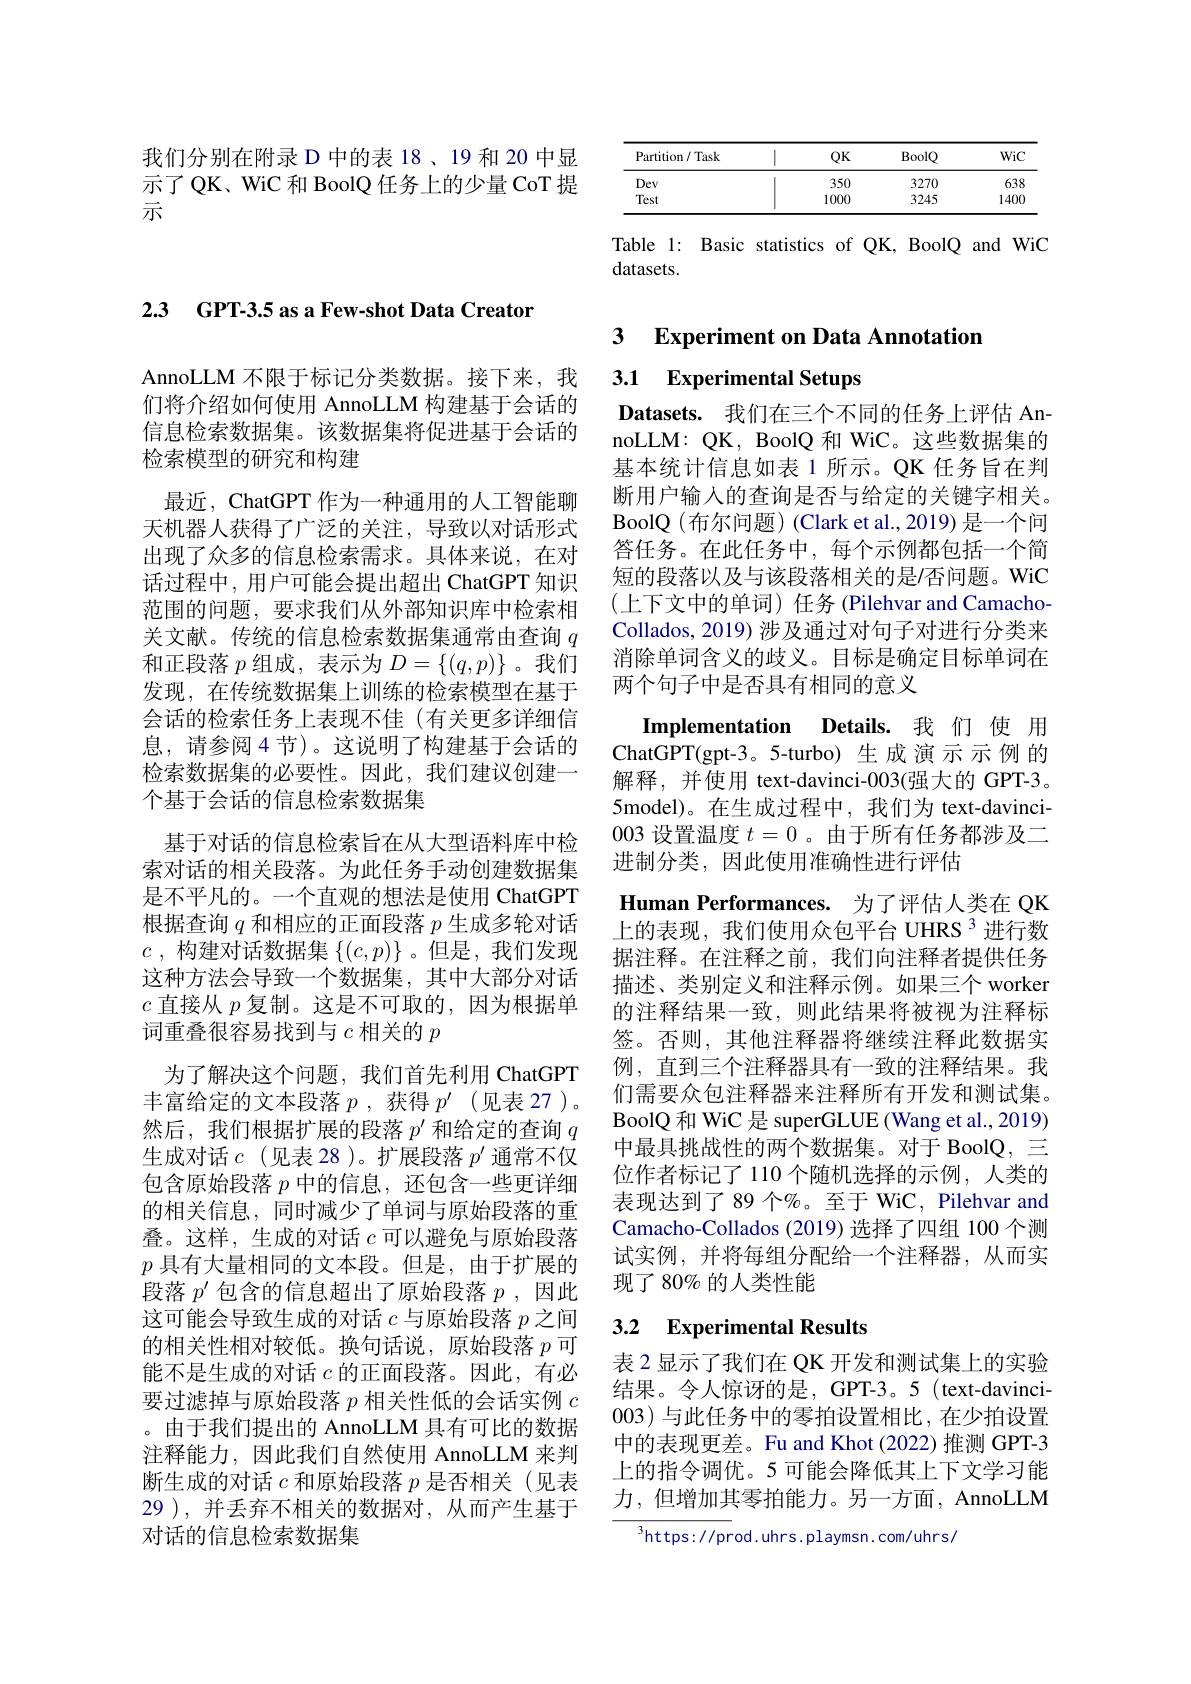
我们分别在附录 D 中的表 18 、19 和 20 中显示了QK、WiC 和 BoolQ 任务上的少量 CoT 提示

2.3 GPT-3.5 as a Few-shot Data Creator

AnnoLLM 不限于标记分类数据。接下来，我们将介绍如何使用 AnnoLLM 构建基于会话的信息检索数据集。该数据集将促进基于会话的检索模型的研究和构建
最近，ChatGPT 作为一种通用的人工智能聊天机器人获得了广泛的关注，导致以对话形式出现了众多的信息检索需求。具体来说，在对话过程中，用户可能会提出超出 ChatGPT 知识范围的问题，要求我们从外部知识库中检索相关文献。传统的信息检索数据集通常由查询$q$ 和正段落$p$组成，表示为$D=\{(q,p)\}$ 。我们发现，在传统数据集上训练的检索模型在基于会话的检索任务上表现不佳(有关更多详细信息，请参阅 4节)。这说明了构建基于会话的检索数据集的必要性。因此，我们建议创建一个基于会话的信息检索数据集
基于对话的信息检索旨在从大型语料库中检索对话的相关段落。为此任务手动创建数据集是不平凡的。一个直观的想法是使用 ChatGPT 根据查询$q$和相应的正面段落$p$生成多轮对话$c$ ,构建对话数据集$\left\{(c,p)\right\}$。但是，我们发现这种方法会导致一个数据集，其中大部分对话$c$直接从$p$复制。这是不可取的，因为根据单词重叠很容易找到与$c$相关的$p$
为了解决这个问题，我们首先利用 ChatGPT 丰富给定的文本段落$p$ ,获得$p^\prime$ (见表 27 )。然后，我们根据扩展的段落$p^\prime$和给定的查询$q$ 生成对话$c$ (见表 28 )。扩展段落$p^\prime$通常不仅包含原始段落$p$中的信息，还包含一些更详细的相关信息，同时减少了单词与原始段落的重叠。这样，生成的对话$c$可以避免与原始段落$p$具有大量相同的文本段。但是，由于扩展的段落$p^{\prime}$包含的信息超出了原始段落$p$ ,因此这可能会导致生成的对话$c$与原始段落$p$之间的相关性相对较低。换句话说，原始段落$p$可能不是生成的对话$c$的正面段落。因此，有必要过滤掉与原始段落$p$相关性低的会话实例$c$ 。由于我们提出的 AnnoLLM 具有可比的数据注释能力，因此我们自然使用 AnnoLLM 来判断生成的对话$c$和原始段落$p$是否相关(见表29 ), 并丢弃不相关的数据对，从而产生基于对话的信息检索数据集

<table>
	<tbody>
		<tr>
			<th>Partition/ Task</th>
			<th>| $QK$</th>
			<th>BoolQ</th>
			<th>WiC</th>
		</tr>
		<tr>
			<td>Dev</td>
			<td>350</td>
			<td>3270</td>
			<td>638</td>
		</tr>
		<tr>
			<td>Test</td>
			<td>1000</td>
			<td>3245</td>
			<td>1400</td>
		</tr>
	</tbody>
</table>

Table 1: Basic statistics of QK, BoolQ and WiC
datasets.

3 Experiment on Data Annotation
# 3.1 Experimental Setups

Datasets. 我们在三个不同的任务上评估 AnnoLLM: QK, BoolQ 和 WiC。这些数据集的基本统计信息如表 1 所示。QK 任务旨在判断用户输入的查询是否与给定的关键字相关。BoolQ (布尔问题) (Clark et al., 2019) 是一个间答任务。在此任务中，每个示例都包括一个简短的段落以及与该段落相关的是/否问题。WiC (上下文中的单词) 任务 (Pilehvar and CamachoCollados, 2019) 涉及通过对句子对进行分类来消除单词含义的歧义。目标是确定目标单词在两个句子中是否具有相同的意义

Implementation Details. 我 们 使 用ChatGPT(gpt-3。5-turbo) 生成演示示例的解释，并使用 text-davinci-003(强大的 GPT-3。5model)。在生成过程中，我们为 text-davinci- 003 设置温度$t=0$ 。由于所有任务都涉及二进制分类，因此使用准确性进行评估
Human Performances. 为了评估人类在 QK 上的表现，我们使用众包平台 UHRS 3 进行数据注释。在注释之前，我们向注释者提供任务描述、类别定义和注释示例。如果三个 worker 的注释结果一致，则此结果将被视为注释标签。否则，其他注释器将继续注释此数据实例，直到三个注释器具有一致的注释结果。我们需要众包注释器来注释所有开发和测试集。BoolQ 和 WiC 是 superGLUE (Wang et al., 2019) 中最具挑战性的两个数据集。对于 BoolQ, 三位作者标记了 110 个随机选择的示例，人类的表现达到了89个%。至于 WiC, Pilehvar and Camacho-Collados (2019) 选择了四组 100 个测试实例，并将每组分配给一个注释器，从而实现了 80% 的人类性能
3.2 Experimental Results

表 2 显示了我们在 QK 开发和测试集上的实验结果。令人惊讶的是，GPT-3。5 (text-davinci- 003)与此任务中的零拍设置相比，在少拍设置中的表现更差。Fu and Khot (2022) 推测 GPT-3上的指令调优。5 可能会降低其上下文学习能力，但增加其零拍能力。另一方面，AnnoLLM

${^{3}\mathrm{https://pr}}$od.uhrs.playmsn.com/uhrs/